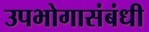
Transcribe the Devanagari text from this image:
उपभोगासंबंधी